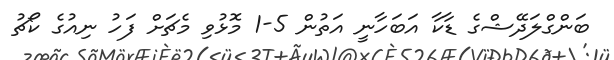
ބަންގްލަދޭޝްގެ ޑާކާ އަބަހާނީ އަތުން 5-1 މޮޅުވި މެޗަށް ފަހު ނިއުގެ ކޯޗު